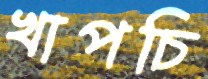
খাপচি